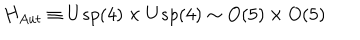
H _ { A u t } \equiv U s p ( 4 ) \times U s p ( 4 ) \sim O ( 5 ) \times O ( 5 )